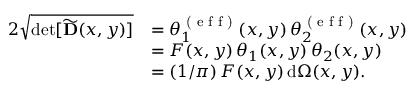
\begin{array} { r l } { 2 \sqrt { \operatorname* { d e t } [ \widetilde { \mathbf { D } } ( x , y ) ] } } & { = \theta _ { 1 } ^ { \textrm { ( e f f ) } } ( x , y ) \, \theta _ { 2 } ^ { \textrm { ( e f f ) } } ( x , y ) } \\ & { = F ( x , y ) \, \theta _ { 1 } ( x , y ) \, \theta _ { 2 } ( x , y ) } \\ & { = ( 1 / \pi ) \, F ( x , y ) \, \mathrm { d } \Omega ( x , y ) . } \end{array}